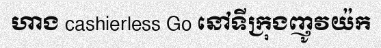
ហាង cashierless Go នៅទីក្រុងញូវយ៉ក